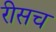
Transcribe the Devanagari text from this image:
रीसच